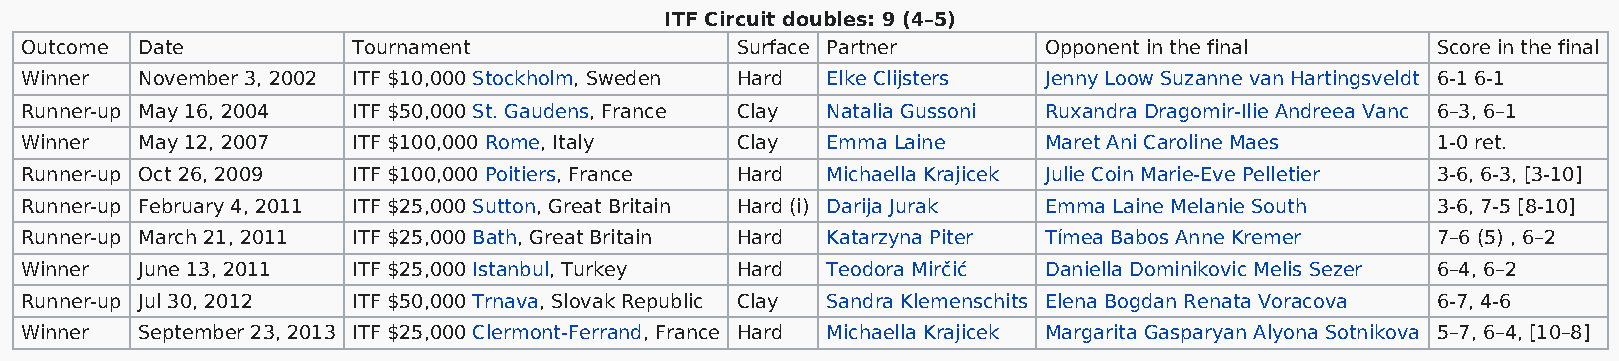
ITF Circuit doubles: 9 (4–5)
 Outcome Date          Tournament                Surface Partner     Opponent in the final     Score in the final
 Winner  November 3, 2002 ITF $10,000 Stockholm, Sweden Hard Elke Clijsters Jenny Loow Suzanne van Hartingsveldt 6-1 6-1
 Runner-up May 16, 2004 ITF $50,000 St. Gaudens, France Clay Natalia Gussoni Ruxandra Dragomir-Ilie Andreea Vanc 6–3, 6–1
 Winner  May 12, 2007  ITF $100,000 Rome, Italy  Clay  Emma Laine    Maret Ani Caroline Maes   1-0 ret.
 Runner-up Oct 26, 2009 ITF $100,000 Poitiers, France Hard Michaella Krajicek Julie Coin Marie-Eve Pelletier 3-6, 6-3, [3-10]
 Runner-up February 4, 2011 ITF $25,000 Sutton, Great Britain Hard (i) Darija Jurak Emma Laine Melanie South 3-6, 7-5 [8-10]
 Runner-up March 21, 2011 ITF $25,000 Bath, Great Britain Hard Katarzyna Piter Tímea Babos Anne Kremer 7–6 (5) , 6–2
 Winner  June 13, 2011 ITF $25,000 Istanbul, Turkey Hard Teodora Mirčić Daniella Dominikovic Melis Sezer 6–4, 6–2
 Runner-up Jul 30, 2012 ITF $50,000 Trnava, Slovak Republic Clay Sandra Klemenschits Elena Bogdan Renata Voracova 6-7, 4-6
 Winner  September 23, 2013 ITF $25,000 Clermont-Ferrand, France Hard Michaella Krajicek Margarita Gasparyan Alyona Sotnikova 5–7, 6–4, [10–8]